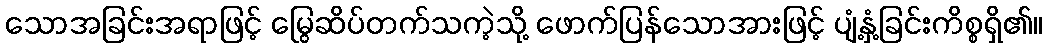
သောအခြင်းအရာဖြင့် မြွေဆိပ်တက်သကဲ့သို့ ဖောက်ပြန်သောအားဖြင့် ပျံ့နှံ့ခြင်းကိစ္စရှိ၏။